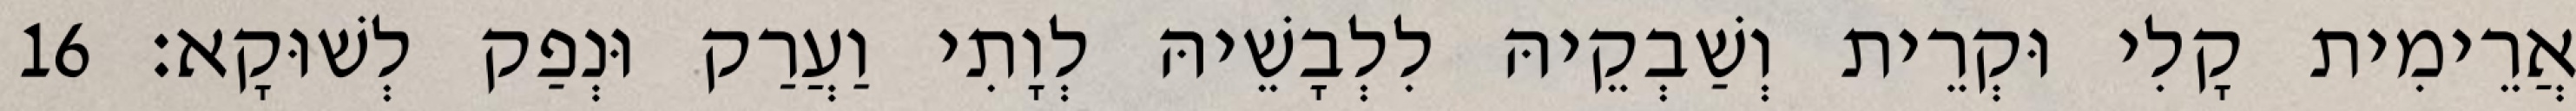
אֲרֵימִית קָלִי וּקְרֵית וְשַׁבְקֵיהּ לִלְבָשֵׁיהּ לְוָתִי וַעֲרַק וּנְפַק לְשׁוּקָא׃ 16